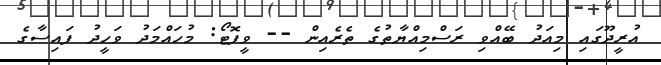
އުރީދޫގައި މިއަދު ބޭއްވި ރަސްމިއްޔާތުގެ ތެރެއިން -- ވީފޮޓޯ: މުހައްމަދު ވަހީދު ފައިސާގެ